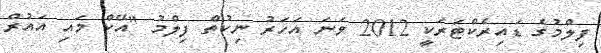
ފިލްމުގެ ޑައިރެކްޓަރަކީ 2012 ވަނަ އަހަރު ނިކުތް ފިލްމު "އޭކް މައި އައުރް